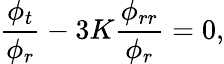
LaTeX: \frac{\phi_{t}}{\phi_{r}}-3K\frac{\phi_{rr}}{\phi_{r}}=0,